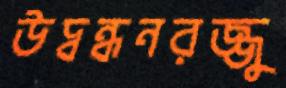
উদ্বন্ধনরজ্জু